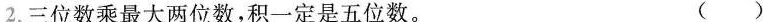
2.三位数乘最大两位数，积一定是五位数。 ()